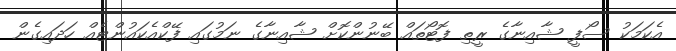
އެކަމަކު ސޯފީ ޝާއިނާގެ ރީތި ފޮޓޯތައް ބޭނުންކޮށް ޝާއިނާގެ ނަމުގައި ފޭކްއެކައުންޓެއް ހަދައިގެން